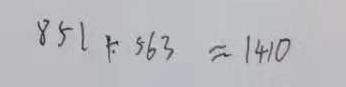
8 5 1 + 5 6 3 \approx 1 4 1 0